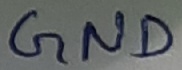
Text: GND